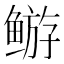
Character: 𬶦